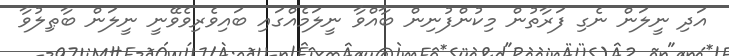
އަދި ނީލަން ނެގި ފަރާތުން މިކުންފުނިން ބާއްވާ ނީލަމެއްގައި ބައިވެރިވެވޭނީ ނީލަން ބާޠިލުވާ